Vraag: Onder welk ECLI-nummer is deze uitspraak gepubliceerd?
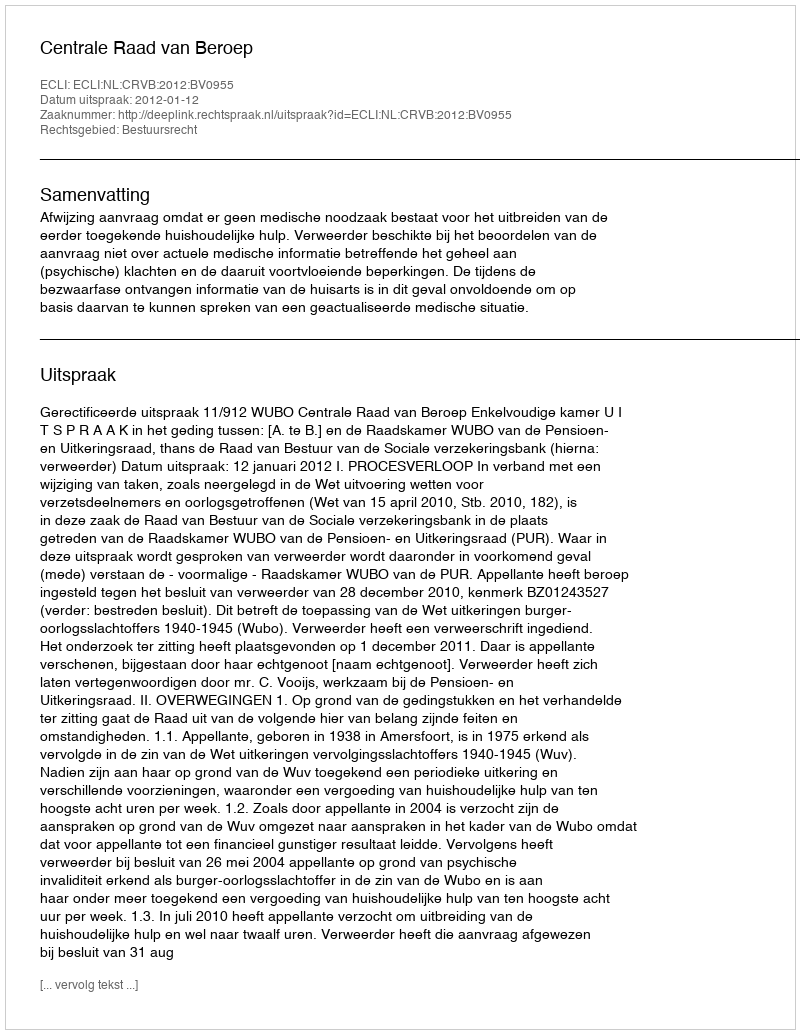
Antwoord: ECLI:NL:CRVB:2012:BV0955